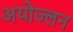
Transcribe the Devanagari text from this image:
अयोज्लन